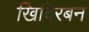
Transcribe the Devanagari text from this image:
खिदिरबन